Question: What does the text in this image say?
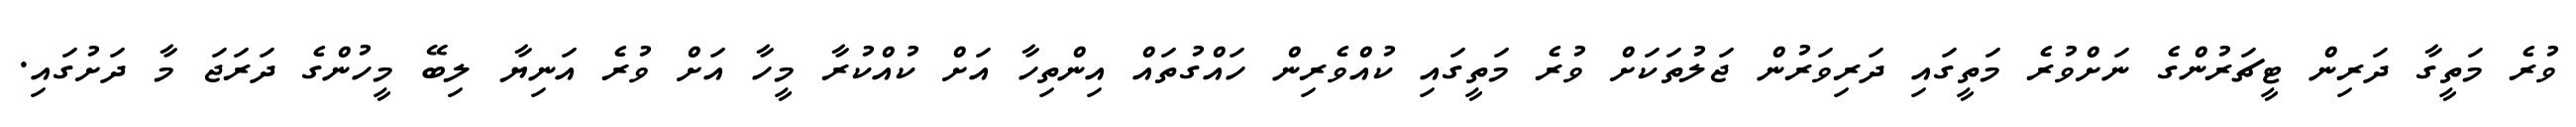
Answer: ވުރެ މަތީގާ ދަރިން ޓީޗަރުންގެ ނަށްވުރެ މަތީގައި ދަރިވަރުން ޖަލުތަކަށް ވުރެ މަތީގައި ކުއްވެރިން ހައްގުތައް އިންތިހާ އަށް ކުއްކުރާ މީހާ އަށް ވުރެ އަނިޔާ ލިބޭ މީހުންގެ ދަރަޖަ މާ ދަށުގައި.